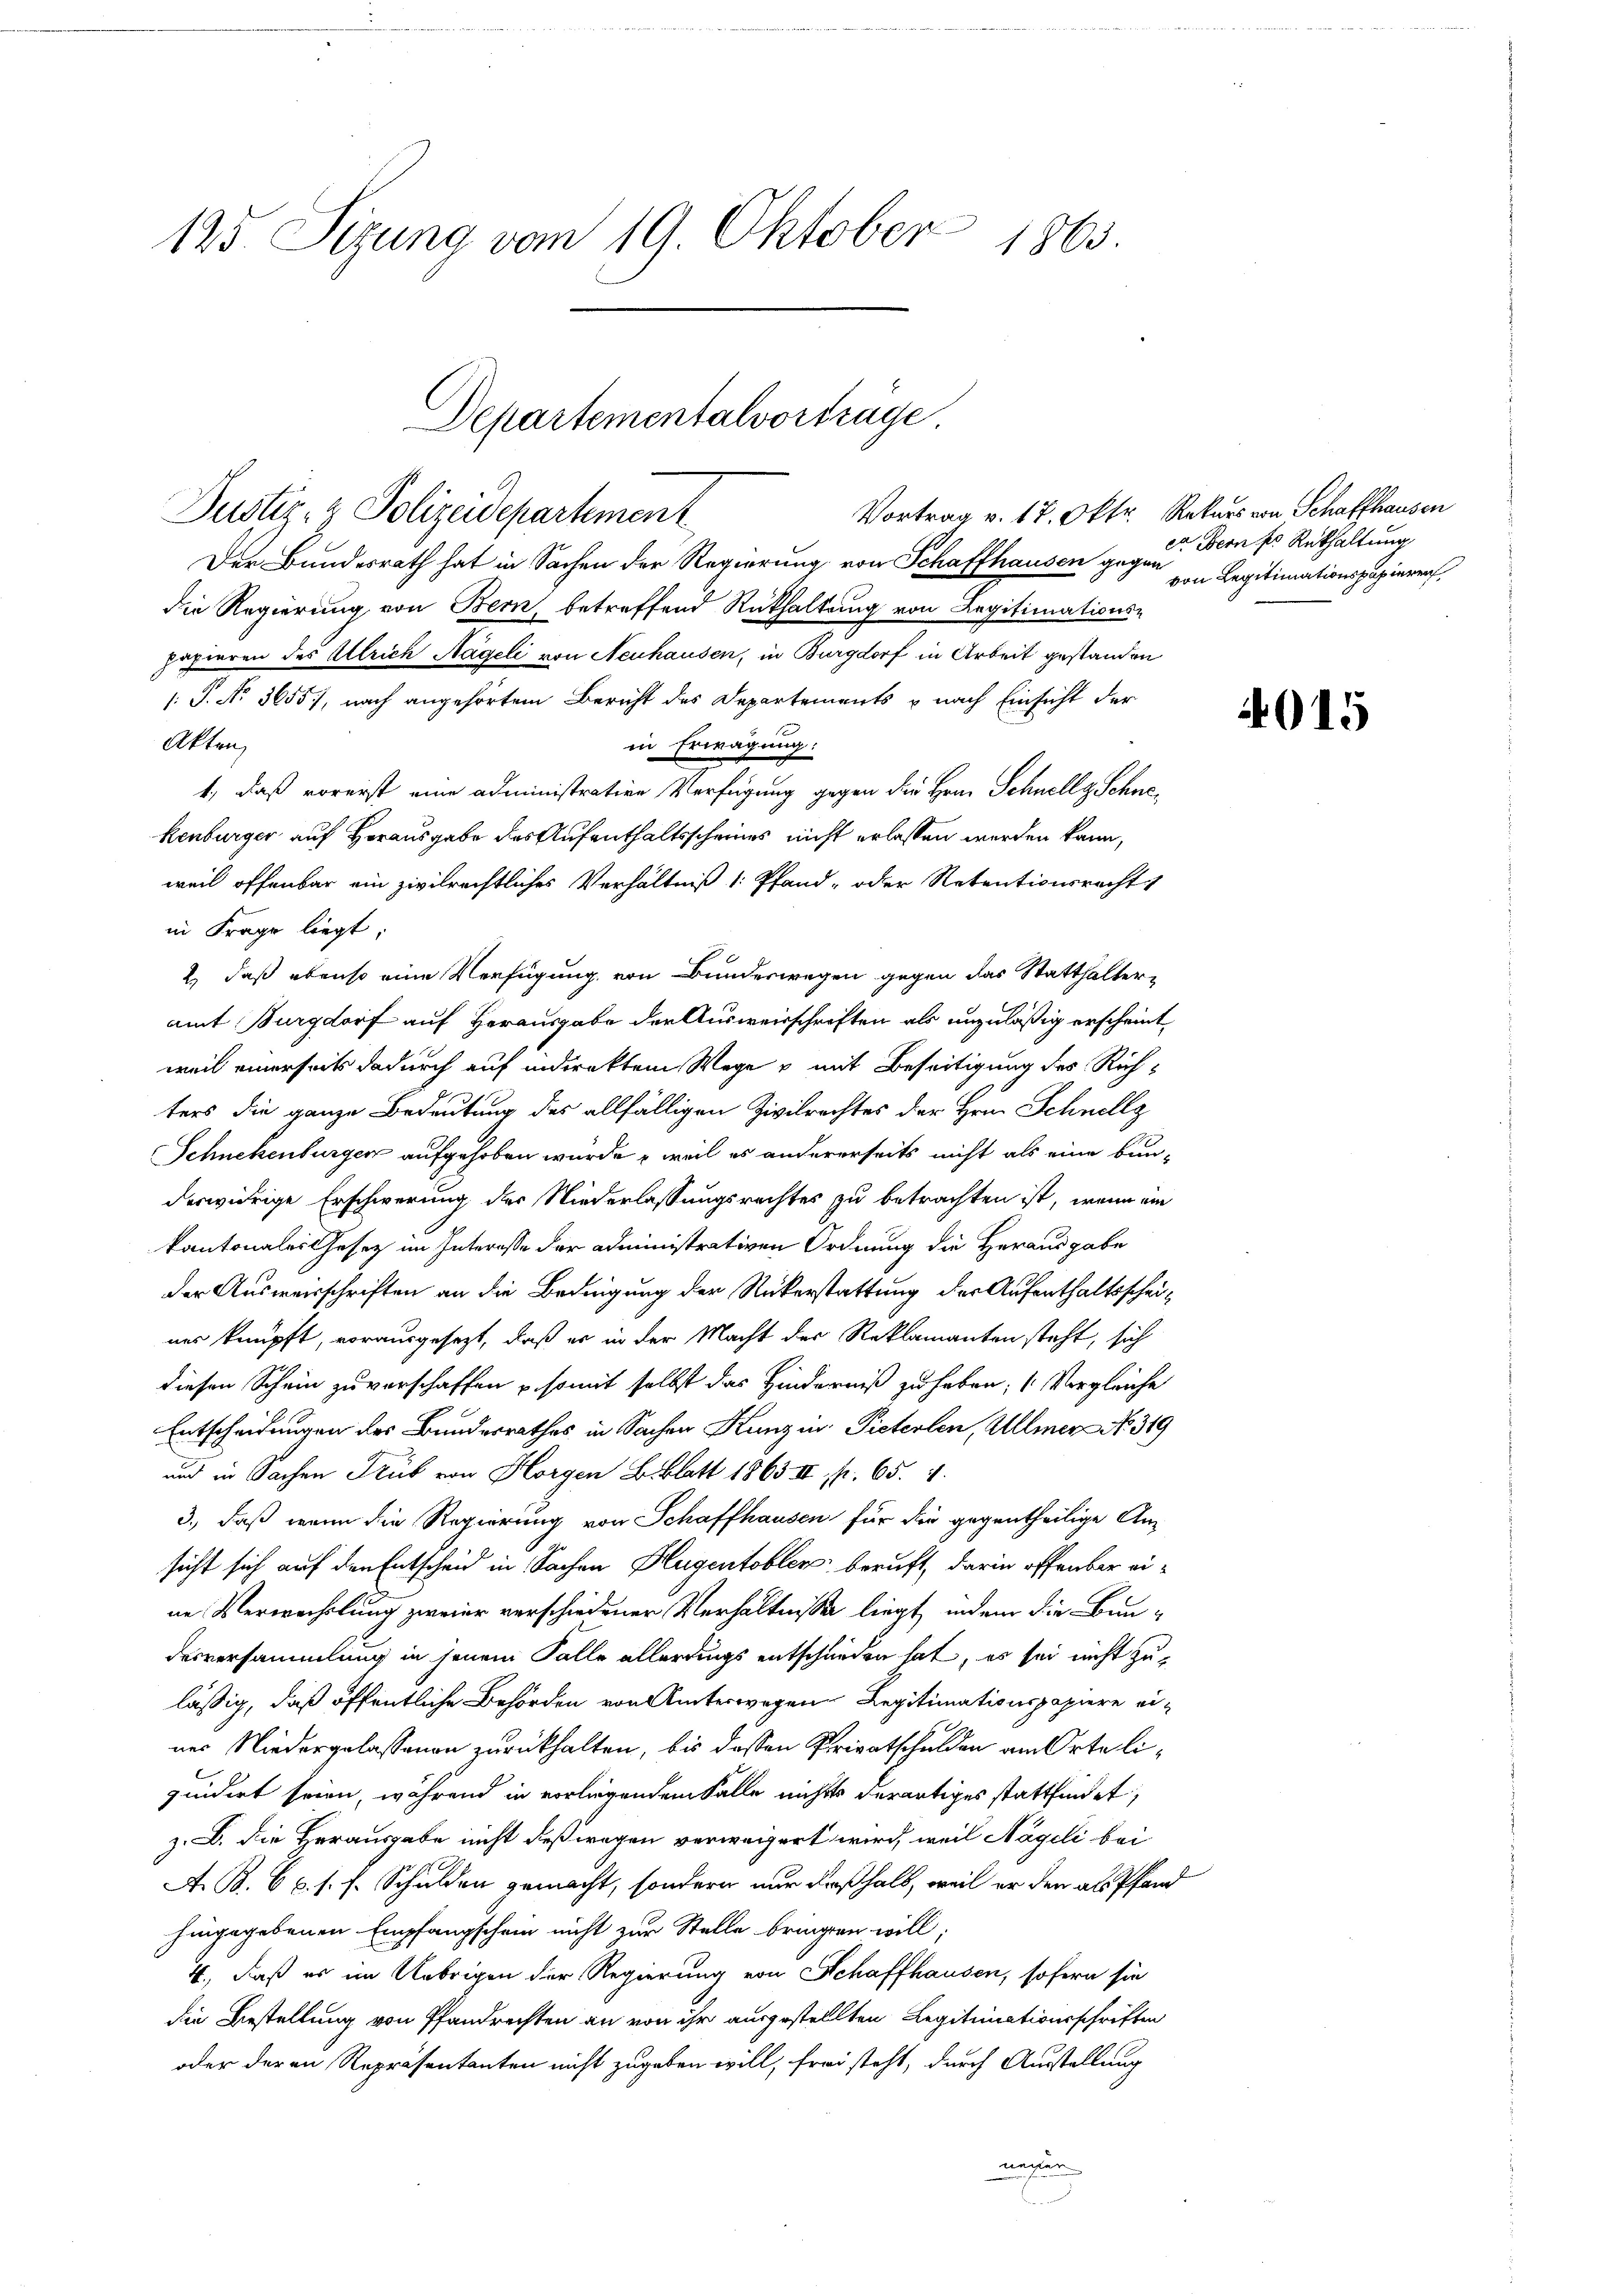
125. Sizung vom 19. Oktober 1863.

Departementalvortrage
Dustiz- & Polizeidepartement

Der Bundesrath hat in Sachen der Regierung von Schaffhausen gegen
die Regierung von Bern betreffend Rückhaltung von Legitimations-
papieren des Ullrich Nägeli von Neuhausen, in Burgdorf in Arbeit gestanden
: P. No. 3655), nach angehörtem Bericht des Departements u nach Einsicht der
Akten,
in Erwägung:
1, daß vorerst eine administrative Verfügung gegen die Herrn Schnellg Schnekenburger auf Herausgabe des Aufenthaltsscheines nicht erlassen werden kann,
weil offenbar ein zivilrechtliches Verhältniß 1: Pfand- oder Retentionsrecht
in Frage liegt:
2) daß ebenso eine Verfügung von Bundeswegen gegen das Statthalteramt Burgdorf auf Herausgabe der Ausweisschriften als unzuläßig erscheint
weil einerseits dadurch auf indirektem Wege u mit Beseitigung des Richters die ganze Bedeutung des allfälligen Zivilrechtes der Hrn. Schnellz
Schnekenburger aufgehoben wurde , weil es andererseits nicht als eine bun-
deswidrige Erschwerung der Niederlassungsrechtes zu betrachten ist, wenn ein
kantonales Gesetz im Interesse der administrativen Ordnung die Herausgabe
der Ausweisschriften an die Bedingung der Rükerstattung der Aufenthaltsscheiner knüpft, vorausgesezt, daß er in der Macht der Reklamanten steht, sich
diesen Schein zu verschaffen u. somit selbst das Hinderniß zu haben; (Vergleiche
Entscheidungen des Bundesrathes in Sachen Kunz in Pieterlen, Allmer No. 319
und in Sachen Trüb von Horgen Biblatt 1863 III f. 65. 4.
3., daß wenn die Regierung von Schaffhausen für die gegentheilige An
sicht sich auf den Entscheid in Sachen Flugentobler beruft, darin offenbar eine Verwachslung zweier verschiedener Verhältnisse liegt, indem die Bundesversammlung in jenem Falle allerdings entschieden hat, es sei nicht zulässig, daß öffentliche Behörden von Unterwegen Legitimationspapiere einer Niedergelassenen zurückhalten, bis dessen Privatschulden am Orte liquidirt seien, während in vorliegendem Falle nichts derartiges stattfindet,
z. B. die Herausgabe nicht deßwegen verweigert wird, weil Nägeli bei
A. B. 6 p. s. f. Schulden gemacht, sondern nur deßhalb, weil er den als Pfand
hingegebenen Empfangschein nicht zur Stelle bringen will;
4., daß es im Uebrigen der Regierung von Schaffhausen, sofern sie
die Bestellung von Pfandrechten an von ihr ausgestellten Legitimationsschriften
oder deren Repräsentanten nicht zugeben will, frei steht, durch Ausstellung
neger

Vortrag v. 17. Oktr. Rekurs von Schaffhausen
er Bern er Rükhaltung
von Legitimationspapieren

4015